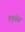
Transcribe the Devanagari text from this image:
प्रकृतीस